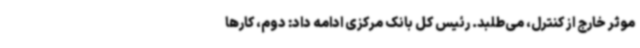
موثر خارج از کنترل، می‌طلبد. رئیس کل بانک مرکزی ادامه داد: دوم، کارها